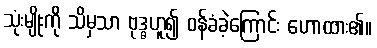
သုံးမျိုးကို သိမှသာ ဗုဒ္ဓဟူ၍ ဝန်ခံခဲ့ကြောင်း ဟောထား၏။